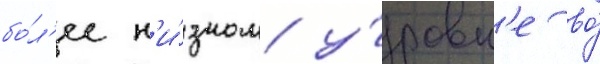
бо́л'ее н'и́зком у́ровн'е во́